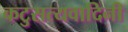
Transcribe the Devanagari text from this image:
कटुसत्यवादिनी